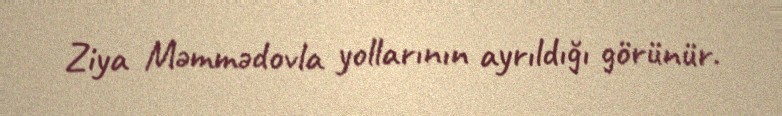
Ziya Məmmədovla yollarının ayrıldığı görünür.